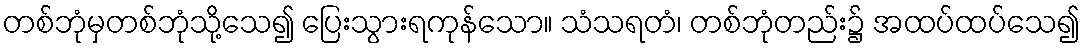
တစ်ဘုံမှတစ်ဘုံသို့သေ၍ ပြေးသွားရကုန်သော။ သံသရတံ၊ တစ်ဘုံတည်း၌ အထပ်ထပ်သေ၍